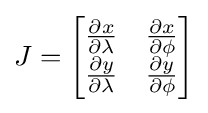
J={\begin{bmatrix}{\frac {\partial x}{\partial \lambda }}&{\frac {\partial x}{\partial \phi }}\\{\frac {\partial y}{\partial \lambda }}&{\frac {\partial y}{\partial \phi }}\end{bmatrix}}